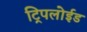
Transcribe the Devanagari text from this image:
ट्रिपलोईड